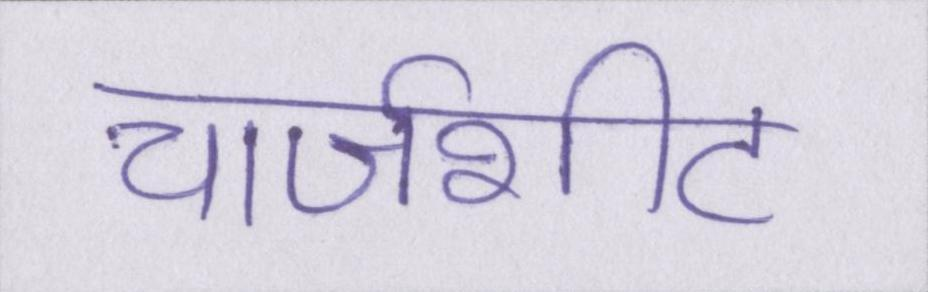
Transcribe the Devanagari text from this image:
चार्जशीट